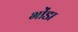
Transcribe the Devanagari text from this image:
भोंडा